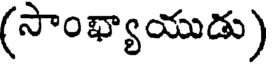
(సాంఖ్యాయుడు)